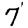
Digit: 7